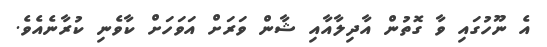
އެ ނޫހުގައި ވާ ގޮތުން އާދިލާއާއި ޝާން ވަރަށް އަވަހަށް ކާވެނި ކުރާނެއެވެ.